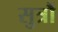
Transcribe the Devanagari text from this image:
सुत्रौं